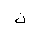
Letter: _non